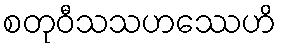
စတုဝီသသဟဿေဟိ